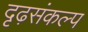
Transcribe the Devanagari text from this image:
दृढ़संकल्प